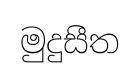
මුදුසීත